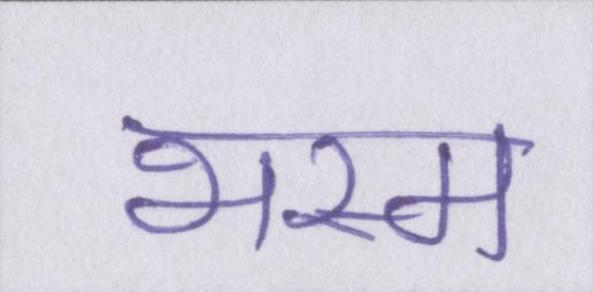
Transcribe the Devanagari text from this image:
भस्म